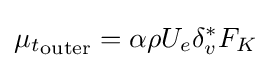
{\mu _{t}}_{\text{outer}}=\alpha \rho U_{e}\delta _{v}^{*}F_{K}